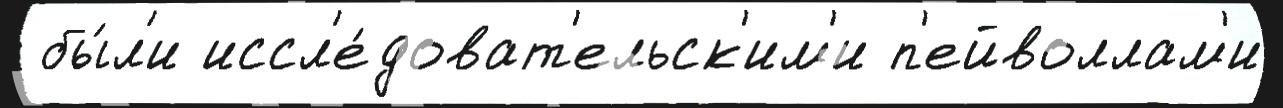
 бы́л'и иссл'е́доват'ельск'им'и п'ейволлам'и